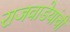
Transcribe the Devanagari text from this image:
राजवाडेयांची